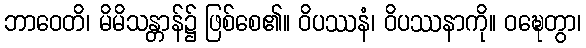
ဘာဝေတိ၊ မိမိသန္တာန်၌ ဖြစ်စေ၏။ ဝိပဿနံ၊ ဝိပဿနာကို။ ဝဍ္ဎေတွာ၊